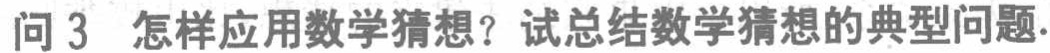
问 3 怎样应用数学猜想？试总结数学猜想的典型问题.